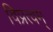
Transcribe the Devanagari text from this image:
विप्रत्वम्